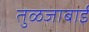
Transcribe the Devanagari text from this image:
तुळजाबाई